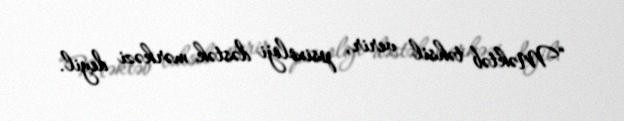
“Məktəb təhsil verir, psixoloji dəstək mərkəzi deyil.